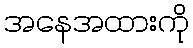
အနေအထားကို